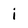
Character: i